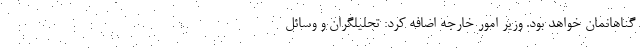
گناهانمان خواهد بود. وزیر امور خارجه اضافه کرد: تحلیلگران و وسائل